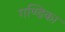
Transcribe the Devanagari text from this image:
गण्डिका